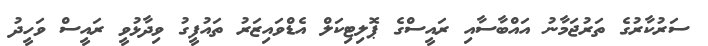
ސަރުކާރުގެ ތަރުޖަމާނު އައްބާސާއި ރައީސްގެ ޕޮލިޓިކަލް އެޑްވައިޒަރު ތައުފީގު ވިދާޅުވީ ރައީސް ވަހީދު